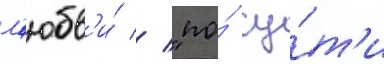
л'юбв'и́ // "по́ су́т'и